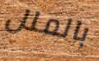
بالملل